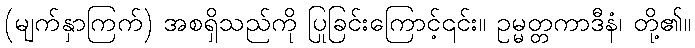
(မျက်နှာကြက်) အစရှိသည်ကို ပြုခြင်းကြောင့်၎င်း။ ဥမ္မတ္တကာဒီနံ၊ တို့၏။